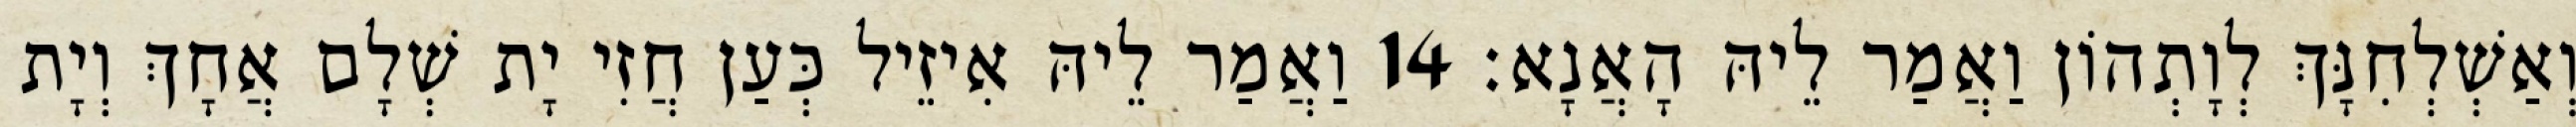
וְאַשְׁלְחִנָּךְ לְוָתְהוֹן וַאֲמַר לֵיהּ הָאֲנָא׃ 14 וַאֲמַר לֵיהּ אִיזֵיל כְּעַן חֲזִי יָת שְׁלָם אֲחָךְ וְיָת